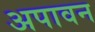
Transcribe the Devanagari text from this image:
अपावन